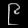
Digit: ၉